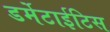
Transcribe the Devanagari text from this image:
डर्मेटाईटिस